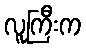
လူကြီးက